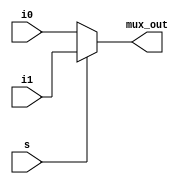
`timescale 1ns / 1ps
//////////////////////////////////////////////////////////////////////////////////
// Company: 
// Engineer: 
// 
// Design Name: 
// Module Name: mux_2to1_32bit
// Project Name: 
// Target Devices: 
// Tool Versions: 
// Description: 
// 
// Dependencies: 
// 
// Revision:
// Revision 0.01 - File Created
// Additional Comments:
// 
//////////////////////////////////////////////////////////////////////////////////


module mux_2to1_32bit(
    input s,
    input [31:0] i0,
    input [31:0] i1,
    output reg [31:0] mux_out
);
    always @(s, i0, i1) begin
        if (!s) begin
            mux_out = i0;
        end
        else begin
           mux_out = i1;
        end
    end

endmodule